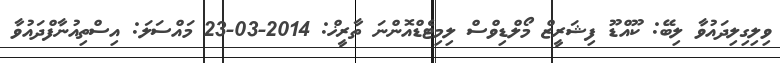
ވިލިގިލިދައުވާ ލިބޭ: ކޫއްޑޫ ފިޝަރީޒް މޯލްޑިވްސް ލިމިޓެޑްއޮންނަ ތާރީޚް: 2014-03-23 މައްސަލަ: އިސްތިއުނާފްދައުވާ